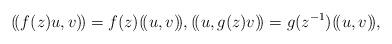
LaTeX: \begin{align*} (\!(f(z) u, v)\!) = f(z) (\!(u,v)\!), (\!(u, g(z) v)\!) = g(z^{-1}) (\!(u,v)\!),\end{align*}